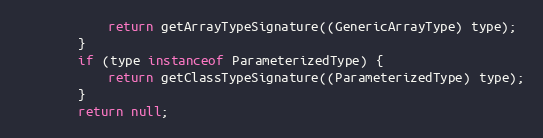
Language: Java
			return getArrayTypeSignature((GenericArrayType) type);
		}
		if (type instanceof ParameterizedType) {
			return getClassTypeSignature((ParameterizedType) type);
		}
		return null;